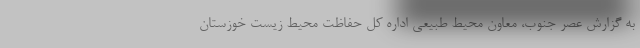
به گزارش عصر جنوب، معاون محیط طبیعی اداره کل حفاظت محیط زیست خوزستان